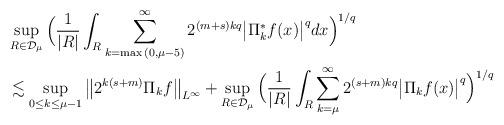
LaTeX: \begin{align*}& \sup_{R\in\mathcal{D}_{\mu}}\Big(\frac{1}{|R|}\int_R{\sum_{k=\max{(0,\mu-5)}}^{\infty}{2^{(m+s)kq}\big| \Pi^*_kf(x)\big|^q}}dx \Big)^{1/q}\\&\lesssim\sup_{0\leq k\leq \mu-1}{\big\Vert 2^{k(s+m)}\Pi_kf\big\Vert_{L^{\infty}}} +\sup_{R\in\mathcal{D}_{\mu}}\Big(\frac{1}{|R|}\int_R\sum_{k=\mu}^{\infty}{2^{(s+m)kq} \big|\Pi_kf(x) \big|^q} \Big)^{1/q}\end{align*}